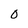
Character: 0